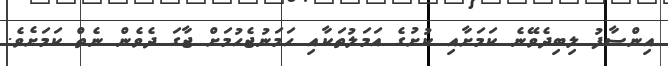
އިންސާފު ލިބިދެވޭނެ ކަމަށާއި ކުށުގެ އަމަލުތަކާއި ހަމަނުޖެހުމަށް ޖާގަ ދެވެން ނެތް ކަމަށެވެ.